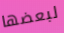
لبعضها